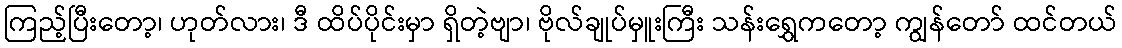
ကြည့်ပြီးတော့၊ ဟုတ်လား၊ ဒီ ထိပ်ပိုင်းမှာ ရှိတဲ့ဗျာ၊ ဗိုလ်ချုပ်မှူးကြီး သန်းရွှေကတော့ ကျွန်တော် ထင်တယ်